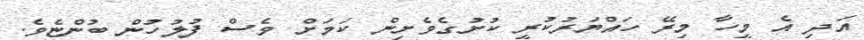
އަދި އެ މީހާ މިރޭ ހައްޔަރުކުރީ ކުށުގެވެށިން ކަމަށް ވެސް ފުލުހުން ބުންޏެވެ.